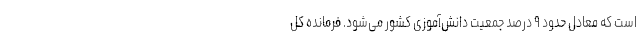
است که معادل حدود ۹ درصد جمعیت دانش‌آموزی کشور می‌شود. فرمانده کل